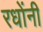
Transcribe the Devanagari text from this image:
रधोंनी